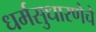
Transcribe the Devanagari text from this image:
धर्मसुधारणेचे